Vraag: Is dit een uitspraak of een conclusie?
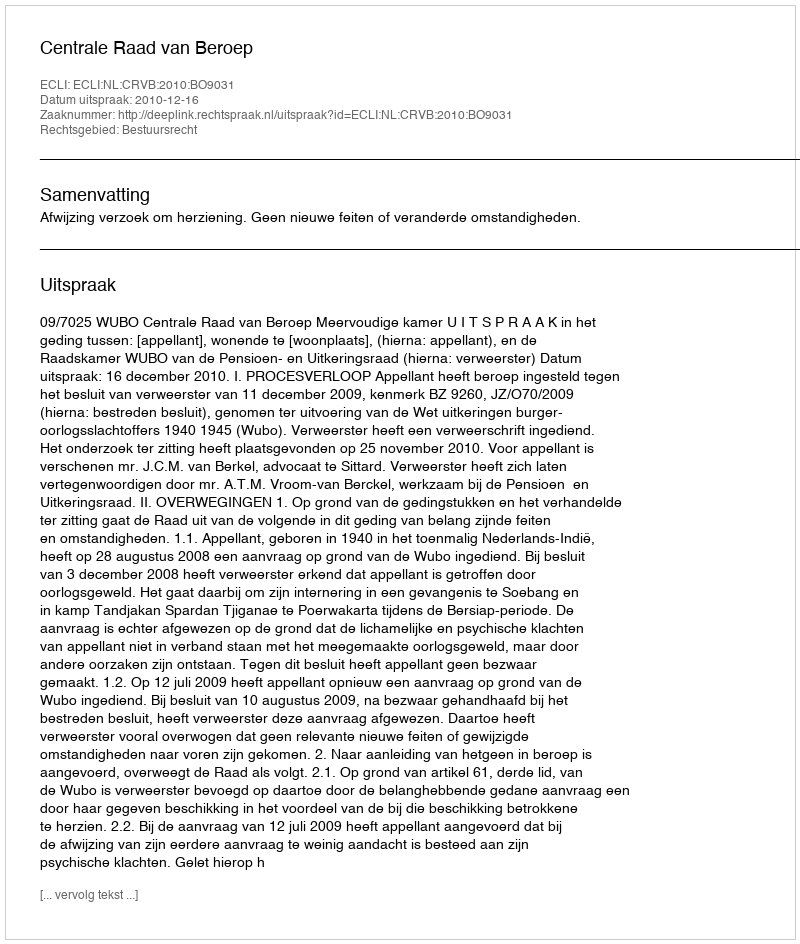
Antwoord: Uitspraak